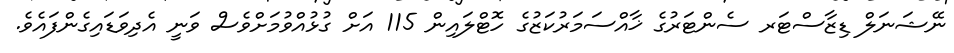
ނޭޝަނަލް ޑިޒާސްޓަރ ސެންޓަރުގެ ޚާއްސަމަރުކަޒުގެ ހޮޓްލައިން 115 އަށް ގުޅުއްވުމަށްވެސް ވަނީ އެދިވަޑައިގެންފައެވެ.